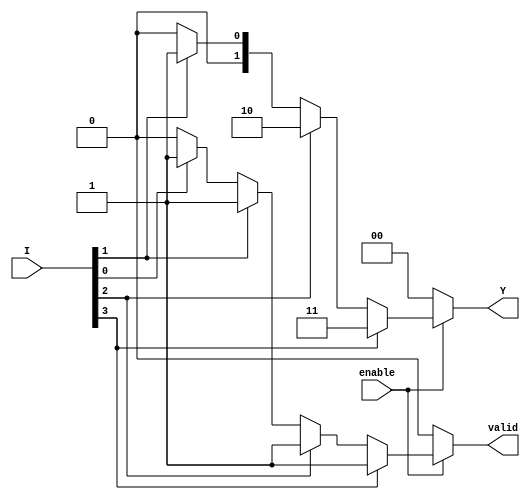
module priority_encoder (
    input wire enable,  // Enable signal
    input wire [3:0] I, // 4 input lines: I3, I2, I1, I0
    output reg [1:0] Y, // 2-bit output
    output reg valid    // Valid signal indicating if any input is active
);

always @(*) begin
    // Default output values
    Y = 2'b00;      // Default to 0
    valid = 1'b0;   // Default valid to 0

    if (enable) begin
        if (I[3]) begin
            Y = 2'b11; // Output for I3
            valid = 1'b1;
        end
        else if (I[2]) begin
            Y = 2'b10; // Output for I2
            valid = 1'b1;
        end
        else if (I[1]) begin
            Y = 2'b01; // Output for I1
            valid = 1'b1;
        end
        else if (I[0]) begin
            Y = 2'b00; // Output for I0
            valid = 1'b1;
        end
    end
end

endmodule